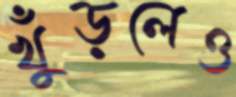
খুঁড়লেও